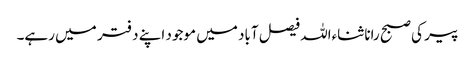
پیر کی صبح رانا ثناءاللہ فیصل آباد میں موجود اپنے دفتر میں رہے۔